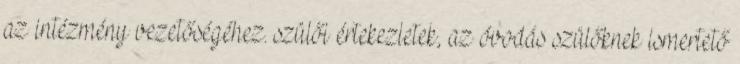
az intézmény vezetőségéhez. szülői értekezletek, az óvodás szülőknek ismertető